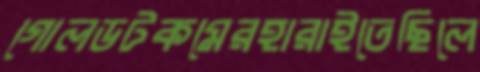
গোলডটকমেরহারাইতেছিলে